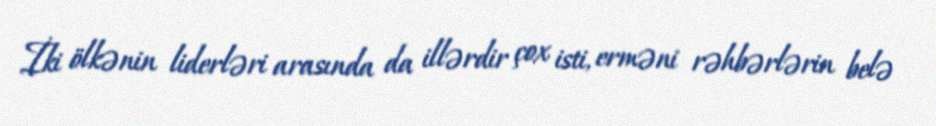
İki ölkənin liderləri arasında da illərdir çox isti, erməni rəhbərlərin belə